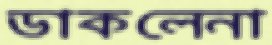
ডাকলেনা